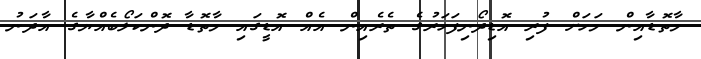
މާތޮޑާއިން މަހަށް ފުރި އޮޑިދޯނިފަހަރުގެ ތެރެއިން އެއް އޮޑީގައި މާތޮޑާ ދޮންކަލޯބެއްޔާގެ އާދަނު